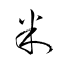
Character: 米